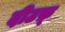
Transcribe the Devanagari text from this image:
दीउफ़्